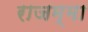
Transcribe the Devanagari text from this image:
राजम्मा